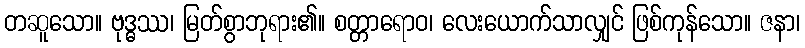
တဆူသော။ ဗုဒ္ဓဿ၊ မြတ်စွာဘုရား၏။ စတ္တာရောဝ၊ လေးယောက်သာလျှင် ဖြစ်ကုန်သော။ ဇနာ၊